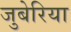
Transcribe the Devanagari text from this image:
जुबेरिया